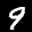
Label: 9